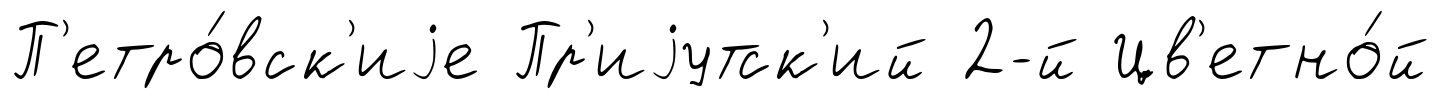
П'етро́вск'иjе Пр'иjутск'ий 2-й Цв'етно́й